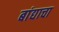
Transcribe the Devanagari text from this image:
बांद्याचा